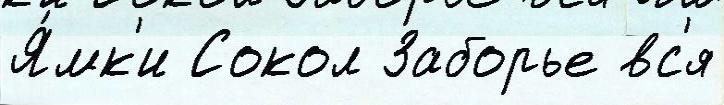
Я́мк'и Сокол Заборье вс'я